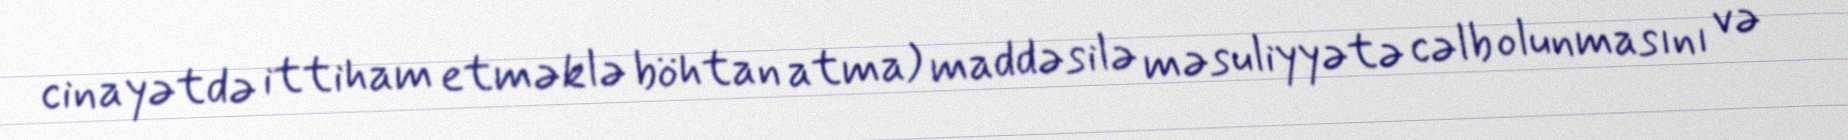
cinayətdə ittiham etməklə böhtan atma) maddəsilə məsuliyyətə cəlb olunmasını və